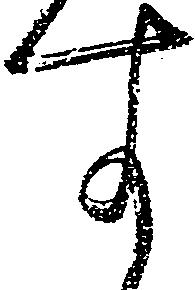
す